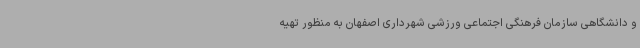
و دانشگاهی سازمان فرهنگی اجتماعی ورزشی شهرداری اصفهان به منظور تهیه